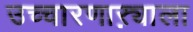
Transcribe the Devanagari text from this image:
उच्चारणाऱ्याला